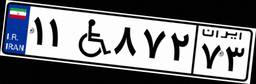
۱۱W۸۷۲۷۳